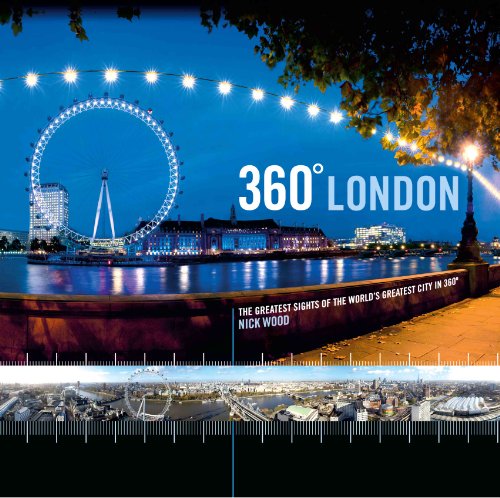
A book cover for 360 London: The Greatest Sites of the World's Greatest City in 360; Nick Wood; Travel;